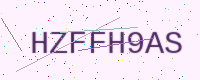
Text: HZFFH9AS